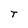
Character: T